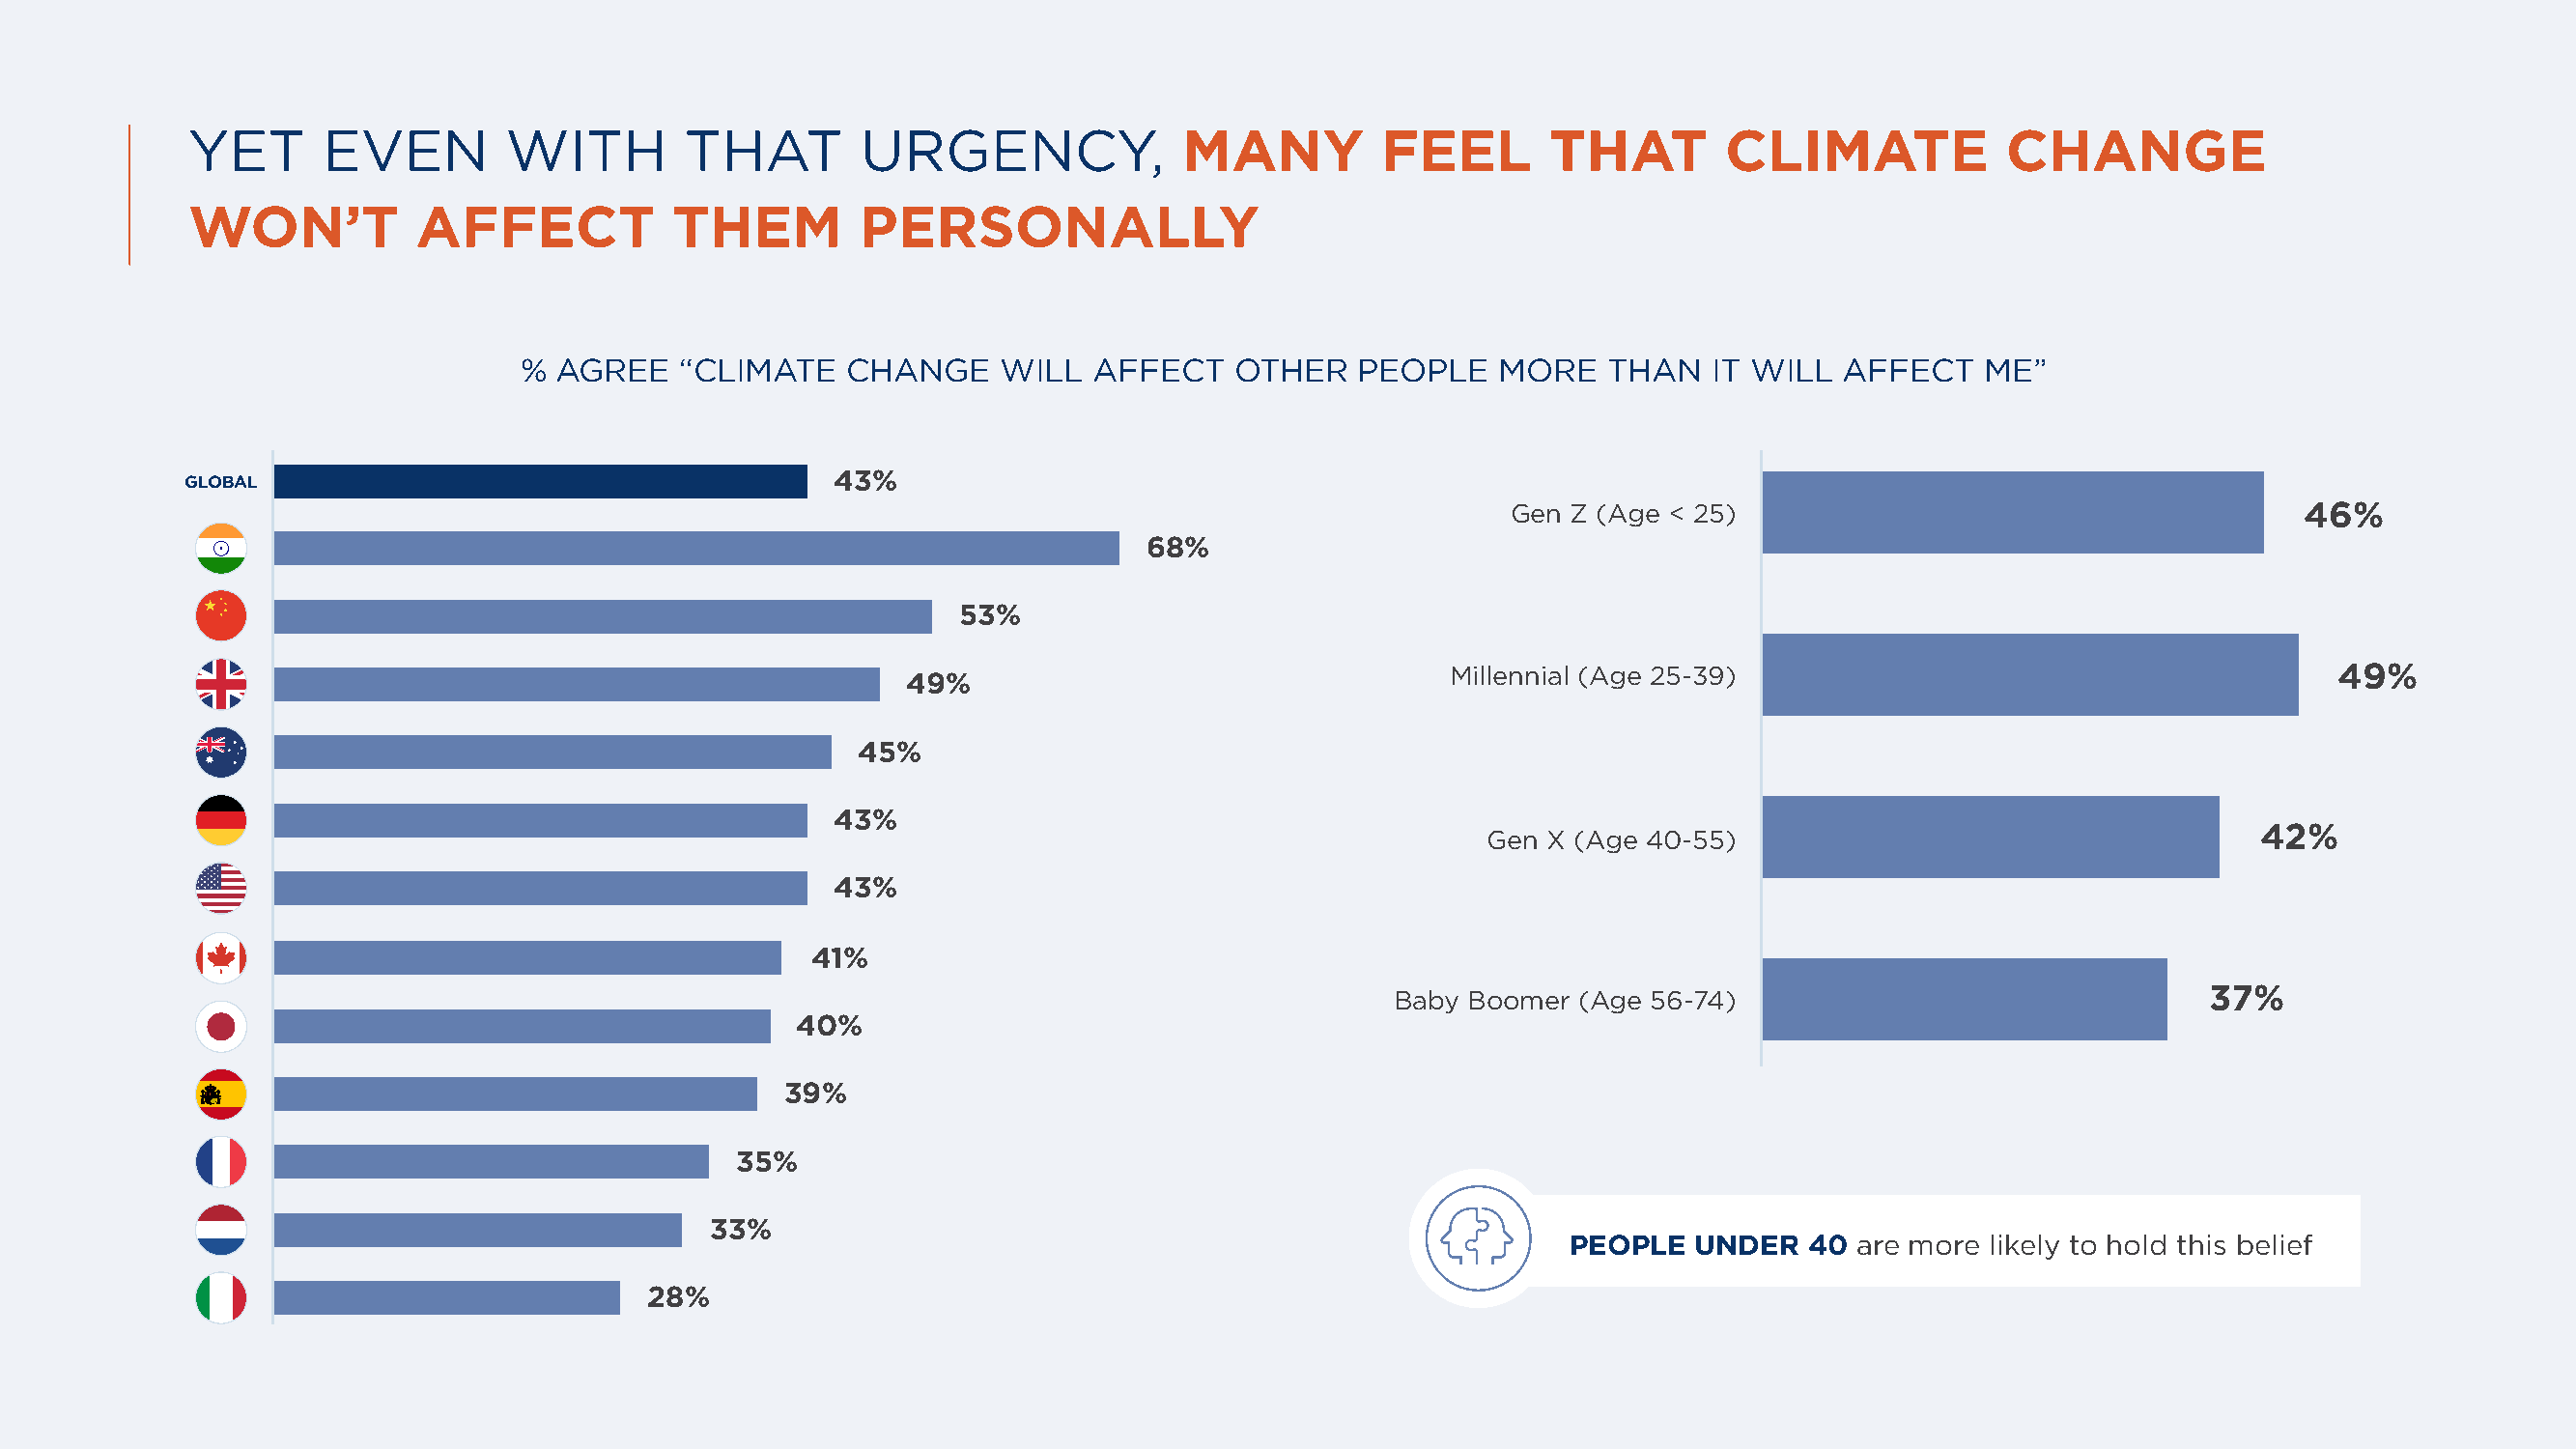
YET      EVEN         WITH        THAT        URGENCY,              MANY          FEEL       THAT        CLIMATE            CHANGE
 WON’T           AFFECT           THEM         PERSONALLY
 % AGREE    “CLIMATE   CHANGE     WILL  AFFECT    OTHER   PEOPLE    MORE   THAN   IT WILL  AFFECT    ME”
 43%
 GLOBAL
 Gen Z (Age < 25)                                      46%
 68%
 53%
 Millennial (Age 25-39)                                       49%
 49%
 45%
 43%
 Gen X (Age 40-55)                                    42%
 43%
 41%
 Baby Boomer (Age 56-74)                                37%
 40%
 39%
 35%
 33%
 PEOPLE  UNDER   40 are more likely to hold this belief
 28%